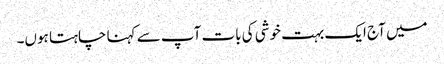
میں آج ایک بہت خوشی کی بات آپ سے کہنا چاہتا ہوں۔